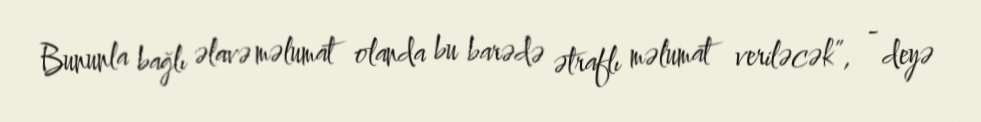
Bununla bağlı əlavə məlumat olanda bu barədə ətraflı məlumat veriləcək”, - deyə